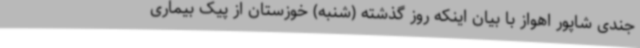
جندی شاپور اهواز با بیان اینکه روز گذشته (شنبه) خوزستان از پیک بیماری